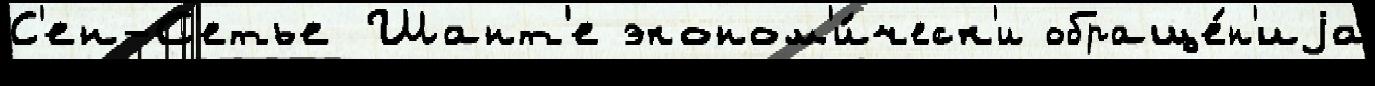
С'ен-С'етье Шант'е эконом'и́ческ'и обраще́н'иjа